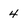
Character: 4